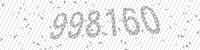
Solution: 998160